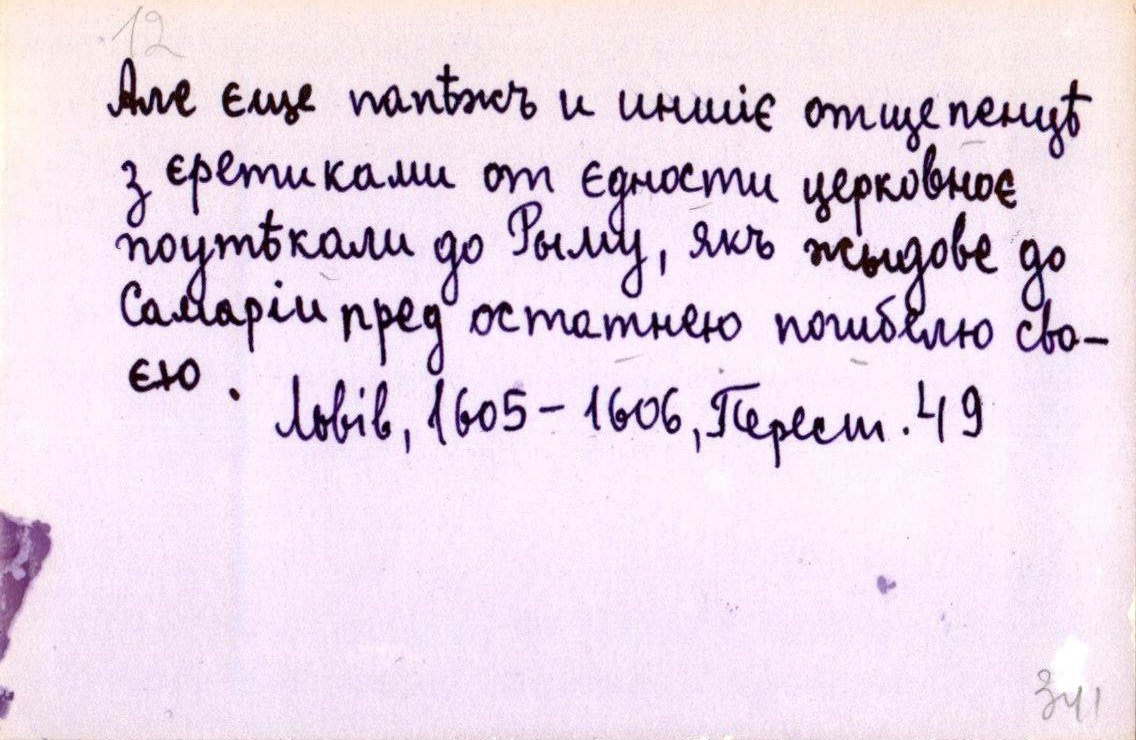
Але єще папѣжъ и иншіє отщепенцѣ
з єретиками от єдности церковноє
поутѣкали до Рыму, якъ жыдове до
Самаріи пред остатнею погибелю сво-
єю. 
Львів, 1605-1606, Перест. 49